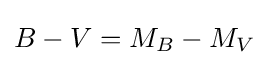
B-V=M_{B}-M_{V}\!